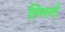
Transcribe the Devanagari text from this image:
स्मिर्ना